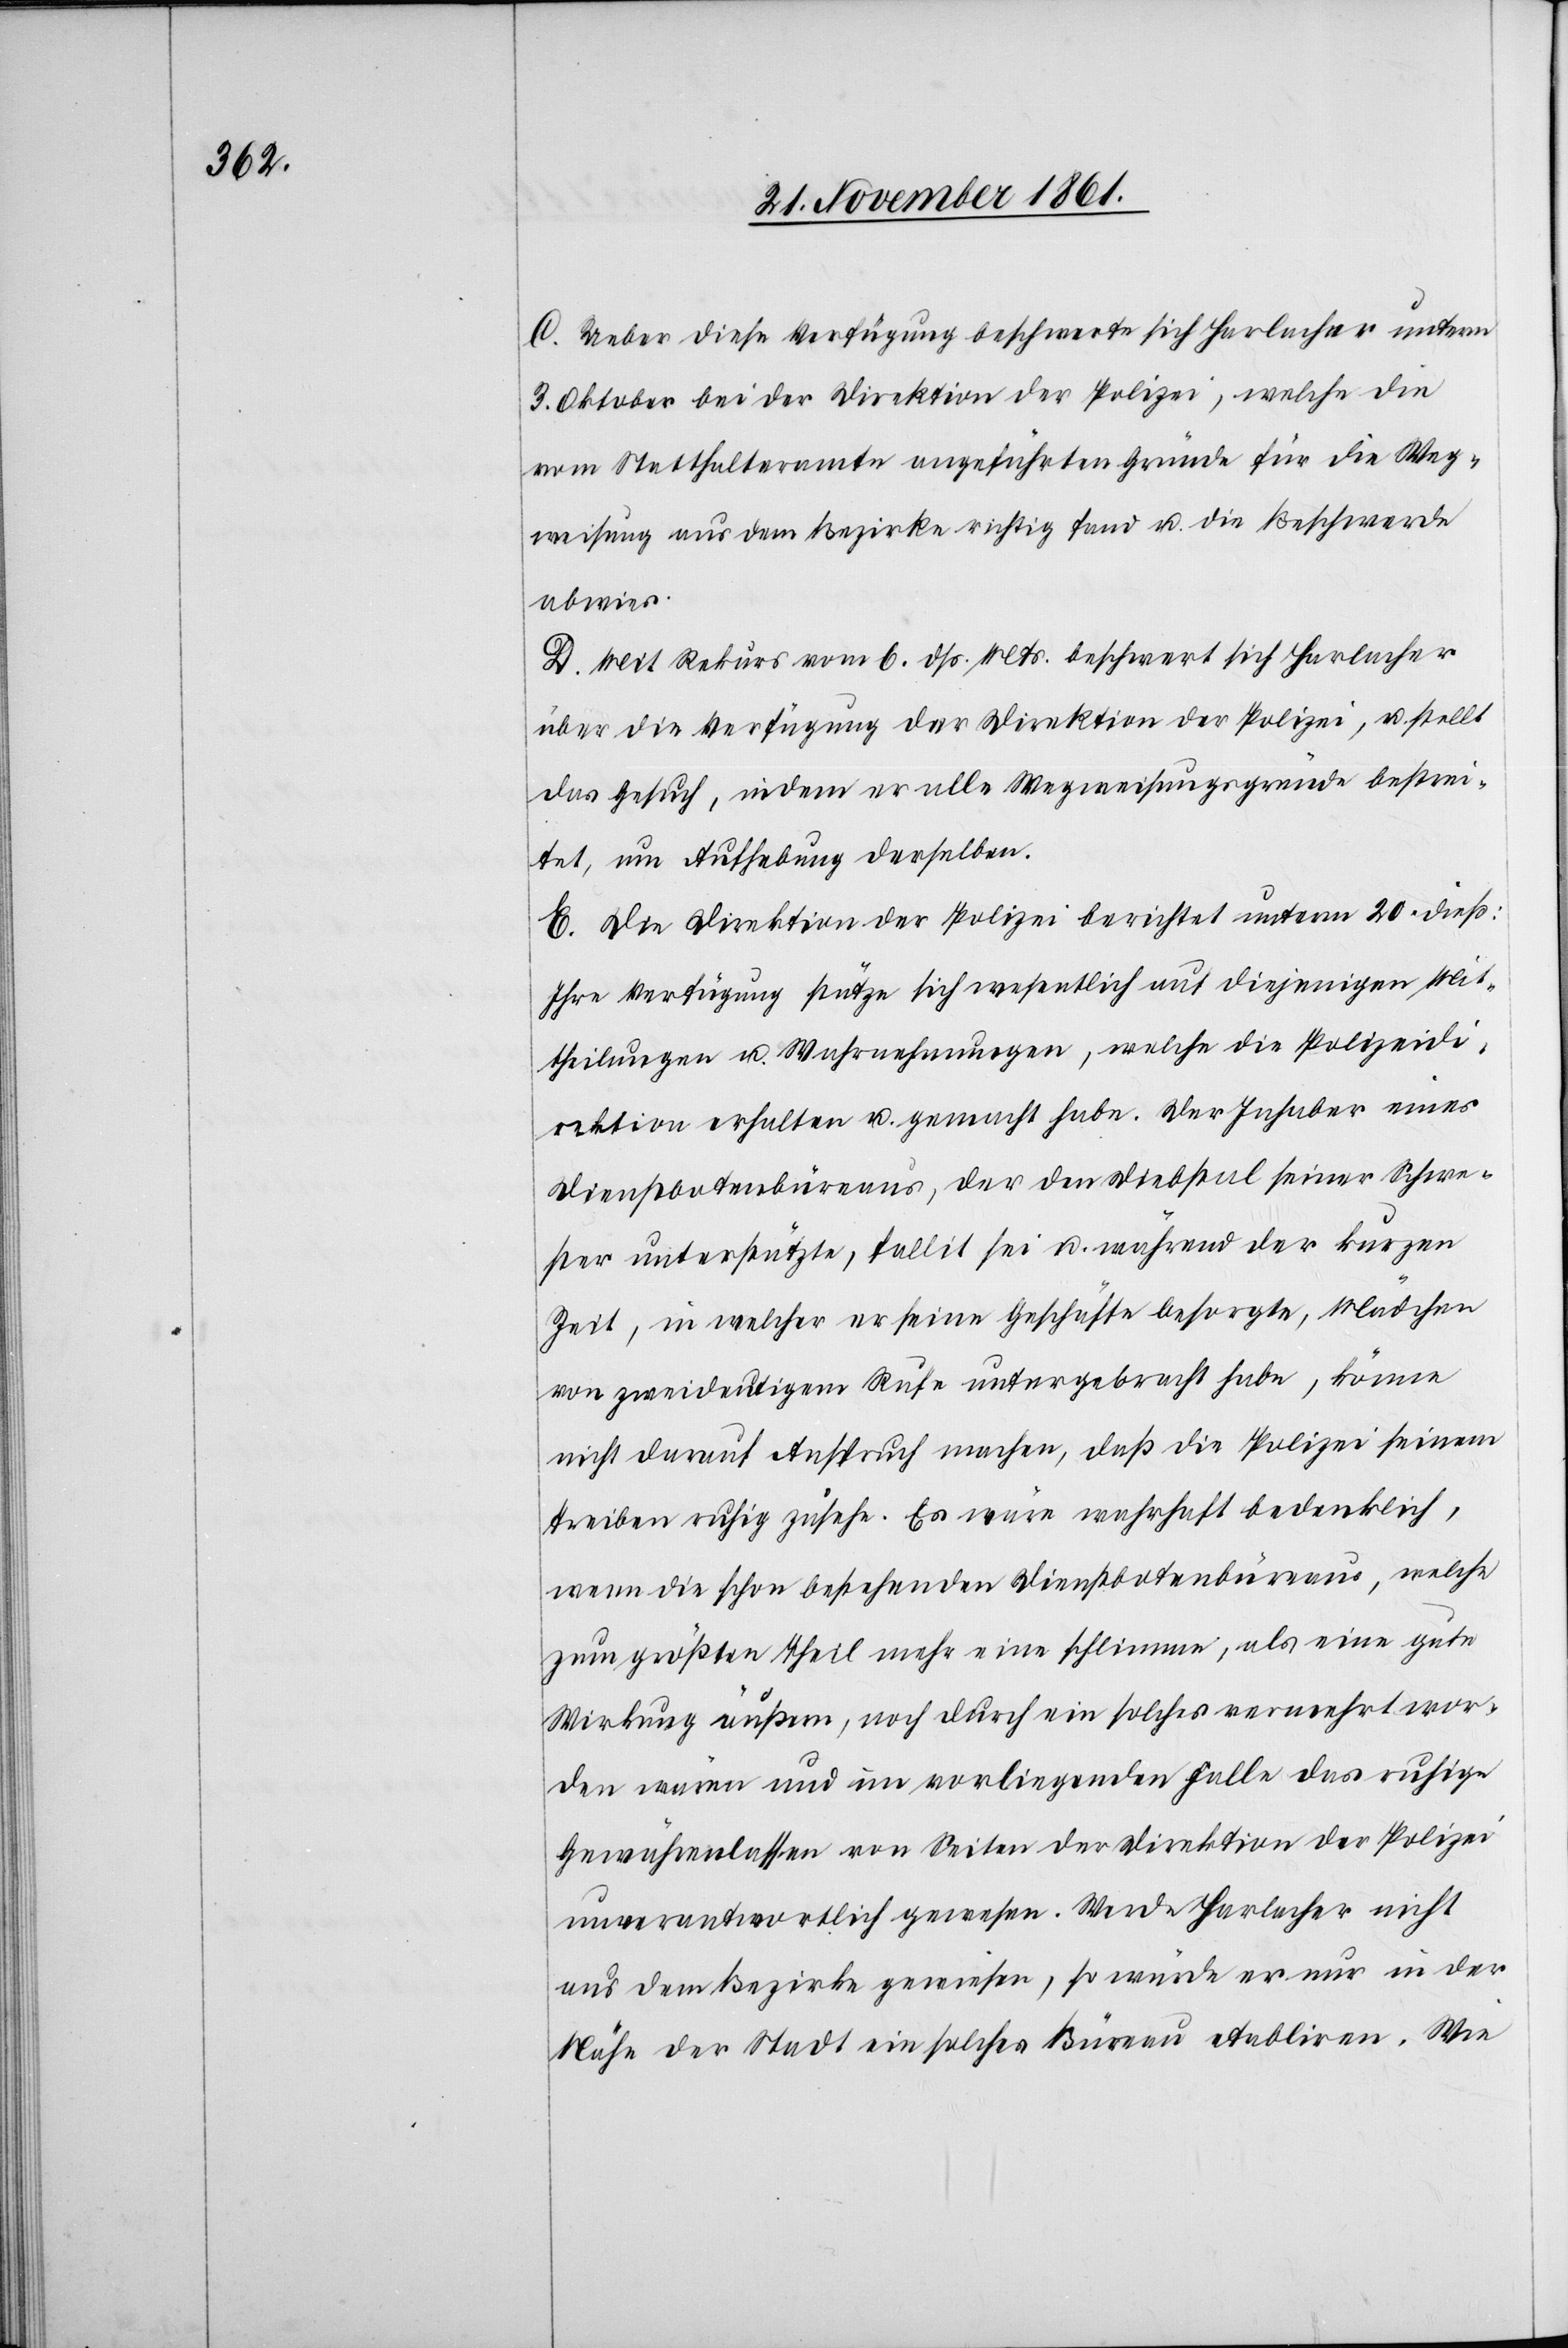
C. Ueber diese Verfügung beschwerte sich Harlacher unterm
3 Oktober bei der Direktion der Polizei, welche die
vom Statthalteramte angeführten Gründe für die Weg¬
weisung aus dem Bezirke richtig fand u. die Beschwerde
abwies.
D. Mit Rekurs vom 6 dß. Mts. beschwert sich Harlacher
über die Verfügung der Direktion der Polizei, u. stellt
das Gesuch, indem er alle Wegweisungsgründe bestrei¬
tet, um Aufhebung derselben.
E. Die Direktion der Polizei berichtet unterm 20 dieß:
Ihre Verfügung stütze sich wesentlich auf diejenigen Mit¬
theilungen u. Wahrnehmungen, welche die Polizeidi¬
rektion erhalten u. gemacht habe. Der Inhaber eines
Dienstbotenbüreaus, der den Diebstal seiner Schwe¬
ster unterstütze, fallit sei u. während der kurzen
Zeit, in welcher er keine Geschäfte besorgte, Mädchen
von zweideutigem Rufe untergebracht habe, könne
nicht darauf Anspruch machen, daß die Polizei seinem
Treiben ruhig zusehe. Es wäre wahrhaft bedenklich,
wenn die schon bestehenden Dienstbotenbüreaus, welche
zum größten Theil mehr eine schlimme, als eine gute
Wirkung äußern, noch durch ein solches verwehrt wor¬
den wären und im vorliegenden Falle das ruhige
Gewährenlassen von Seiten der Direktion der Polizei
unverantwortlich gewesen. Werde Harlacher nicht
aus dem Bezirke gewiesen, so würde er nur in der
Nähe der Stadt ein solches Büreau etabliren. Wie